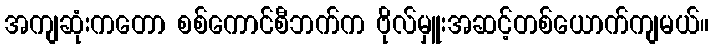
အကျဆုံးကတော စစ်ကောင်စီဘက်က ဗိုလ်မှူးအဆင့်တစ်ယောက်ကျမယ်။